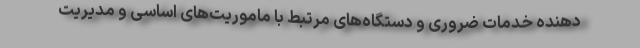
دهنده خدمات ضروری و دستگاه‌های مرتبط با ماموریت‌های اساسی و مدیریت